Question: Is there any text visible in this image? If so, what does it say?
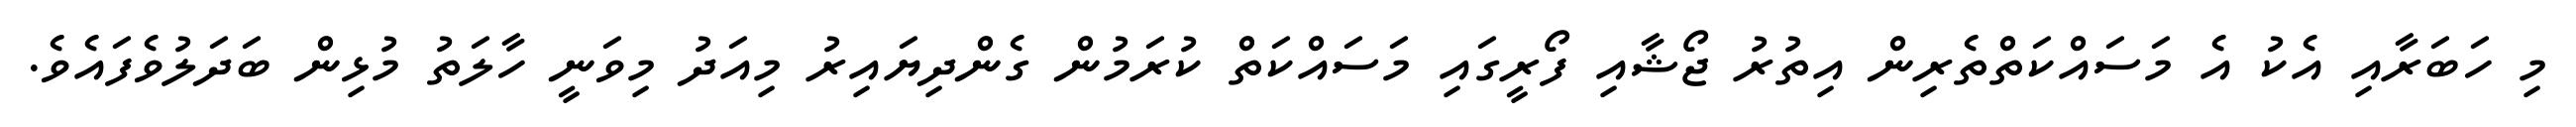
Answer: މި ހަބަރާއި އެކު އެ މަސައްކަތްތެރިން އިތުރު ޖޯޝާއި ފޯރީގައި މަސައްކަތް ކުރަމުން ގެންދިޔައިރު މިއަދު މިވަނީ ހާލަތު މުޅިން ބަދަލުވެފައެވެ.